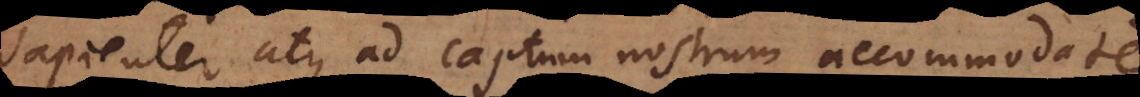
sapienter atque ad captum nostrum accommodate